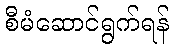
စီမံဆောင်ရွက်ရန်